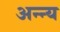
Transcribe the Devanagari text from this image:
अन्न्य